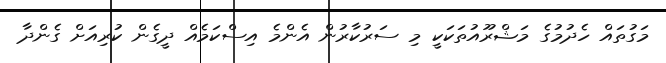
މަގުތައް ހެދުމުގެ މަޝްރޫއުތަކަކީ މި ސަރުކާރުން އެންމެ އިސްކަމެއް ދީގެން ކުރިއަށް ގެންދާ